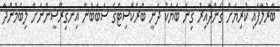
ބާރުލާފައި ކުރިޔަށް ގެންދާއިރު ގިނަ ބަޔަކު ދަނީ ބްރެކްސިޓްގެ ސަބަބުން އިނގިރޭސީންނަށް ލިބެމުންދާ